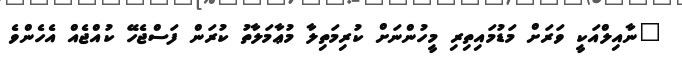
"ނާއިލްއަކީ ވަރަށް މަޑުމައިތިރި މީހުންނަށް ކުރިމަތިލާ މުޢާމަލާތު ކުރަން ފަސްޖެހޭ ކުއްޖެއް އެހެންވެ